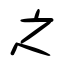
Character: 之